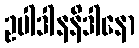
ဥပါဒါနနိဒါနော